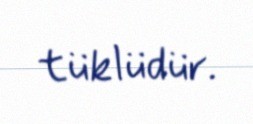
tüklüdür.